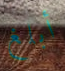
أبلغ